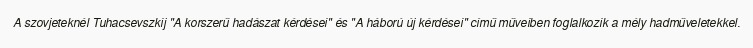
A szovjeteknél Tuhacsevszkij "A korszerű hadászat kérdései" és "A háború új kérdései" című műveiben foglalkozik a mély hadműveletekkel.